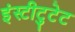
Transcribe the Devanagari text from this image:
इंस्टीटुटेट